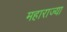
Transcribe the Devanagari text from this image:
महाराज्या